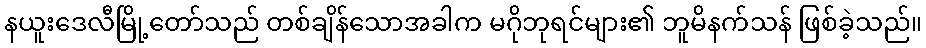
နယူးဒေလီမြို့တော်သည် တစ်ချိန်သောအခါက မဂိုဘုရင်များ၏ ဘူမိနက်သန် ဖြစ်ခဲ့သည်။